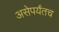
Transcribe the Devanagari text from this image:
असेपर्यंतच